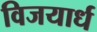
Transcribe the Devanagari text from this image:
विजयार्ध